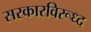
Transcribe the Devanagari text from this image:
सरकारविरूध्द